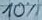
Text: 10%